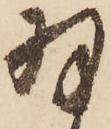
羽